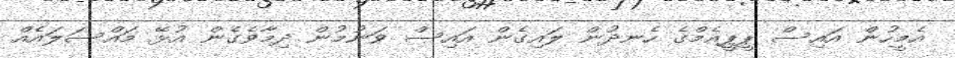
އެމީހުން އައިސް ޕީޕީއެމްގެ ހެނދުން ލައިގެން އައިސް ވަނުމުން ދިމާވެގެން އުޅޭ މައްސަލައެއް